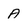
Character: A